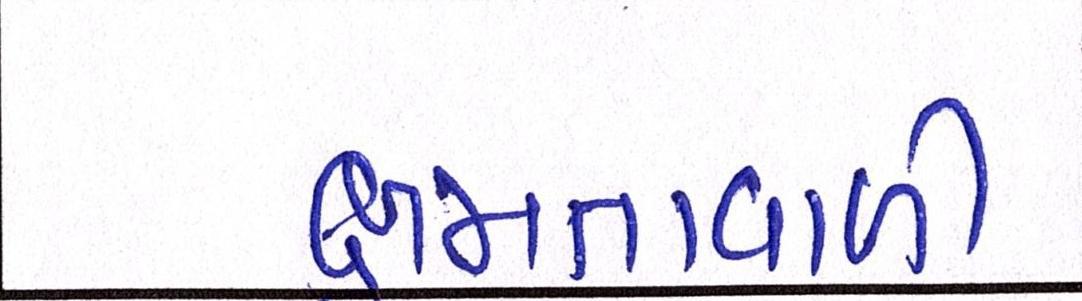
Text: ક્ષમતાવાળી